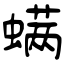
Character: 螨